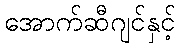
အောက်ဆီဂျင်နှင့်